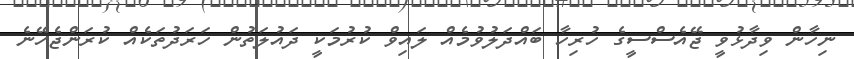
ނިހާން ވިދާޅުވީ ޖޭއެސްސީގެ ހުރިހާ ބައްދަލުވުމެއް ލައިވް ކުރުމަކީ ދައުލަތުން ހަރަދުތަކެއް ކުރަންޖެހޭނެ